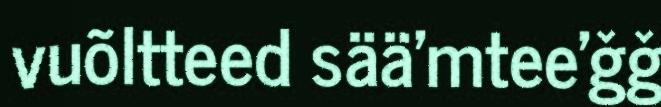
vuõltteed sää'mtee'ǧǧ